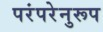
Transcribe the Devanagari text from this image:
परंपरेनुरूप